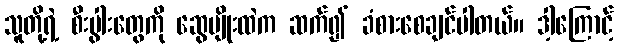
သူတို့ရဲ့ စီးပွါးတွေကို ဆွေမျိုးထဲက ဆက်၍ ခံစားစေချင်ပါတယ်။ ဒါ့ကြောင့်